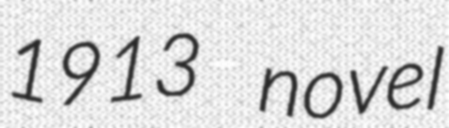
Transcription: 1913 novel